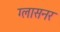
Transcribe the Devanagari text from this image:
ग्लासनर